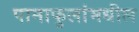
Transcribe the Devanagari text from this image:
पानाफुलांमधील